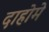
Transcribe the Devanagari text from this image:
दाहोमे